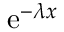
\mathrm { e } ^ { - \lambda x }